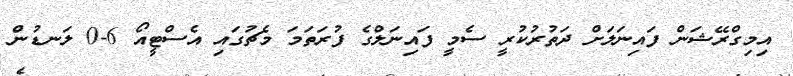
އިމިގްރޭޝަން ފައިނަލަށް ދަތުރުކުރީ ސެމީ ފައިނަލްގެ ފުރަތަމަ މެޗުގައި އެސްޓީއޯ 6-0 ލަނޑުން